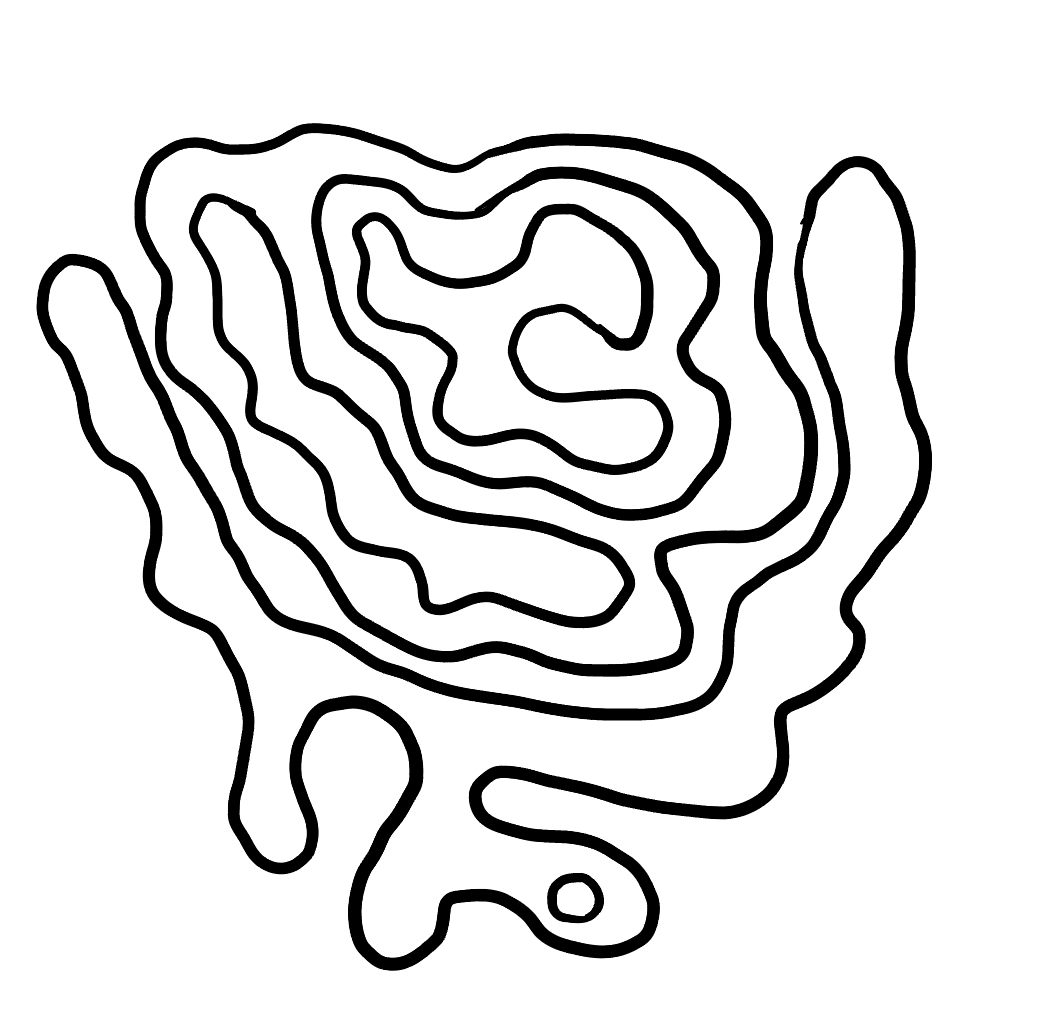
Number of regions (including the outer root region): 7
Containment tree edges (parent, child): 0, 1, 0, 3, 1, 2, 3, 4, 3, 5, 5, 6